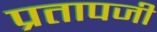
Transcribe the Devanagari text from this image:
प्रतापजी